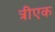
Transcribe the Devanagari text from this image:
त्रीएक